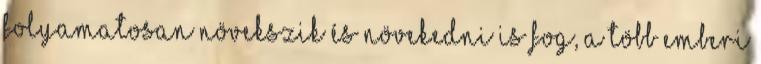
folyamatosan növekszik és növekedni is fog, a több emberi